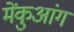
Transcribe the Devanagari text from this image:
मेंकुआंग